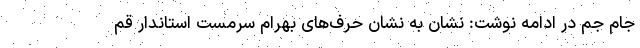
جام جم در ادامه نوشت: نشان به نشان حرف‌های بهرام سرمست استاندار قم